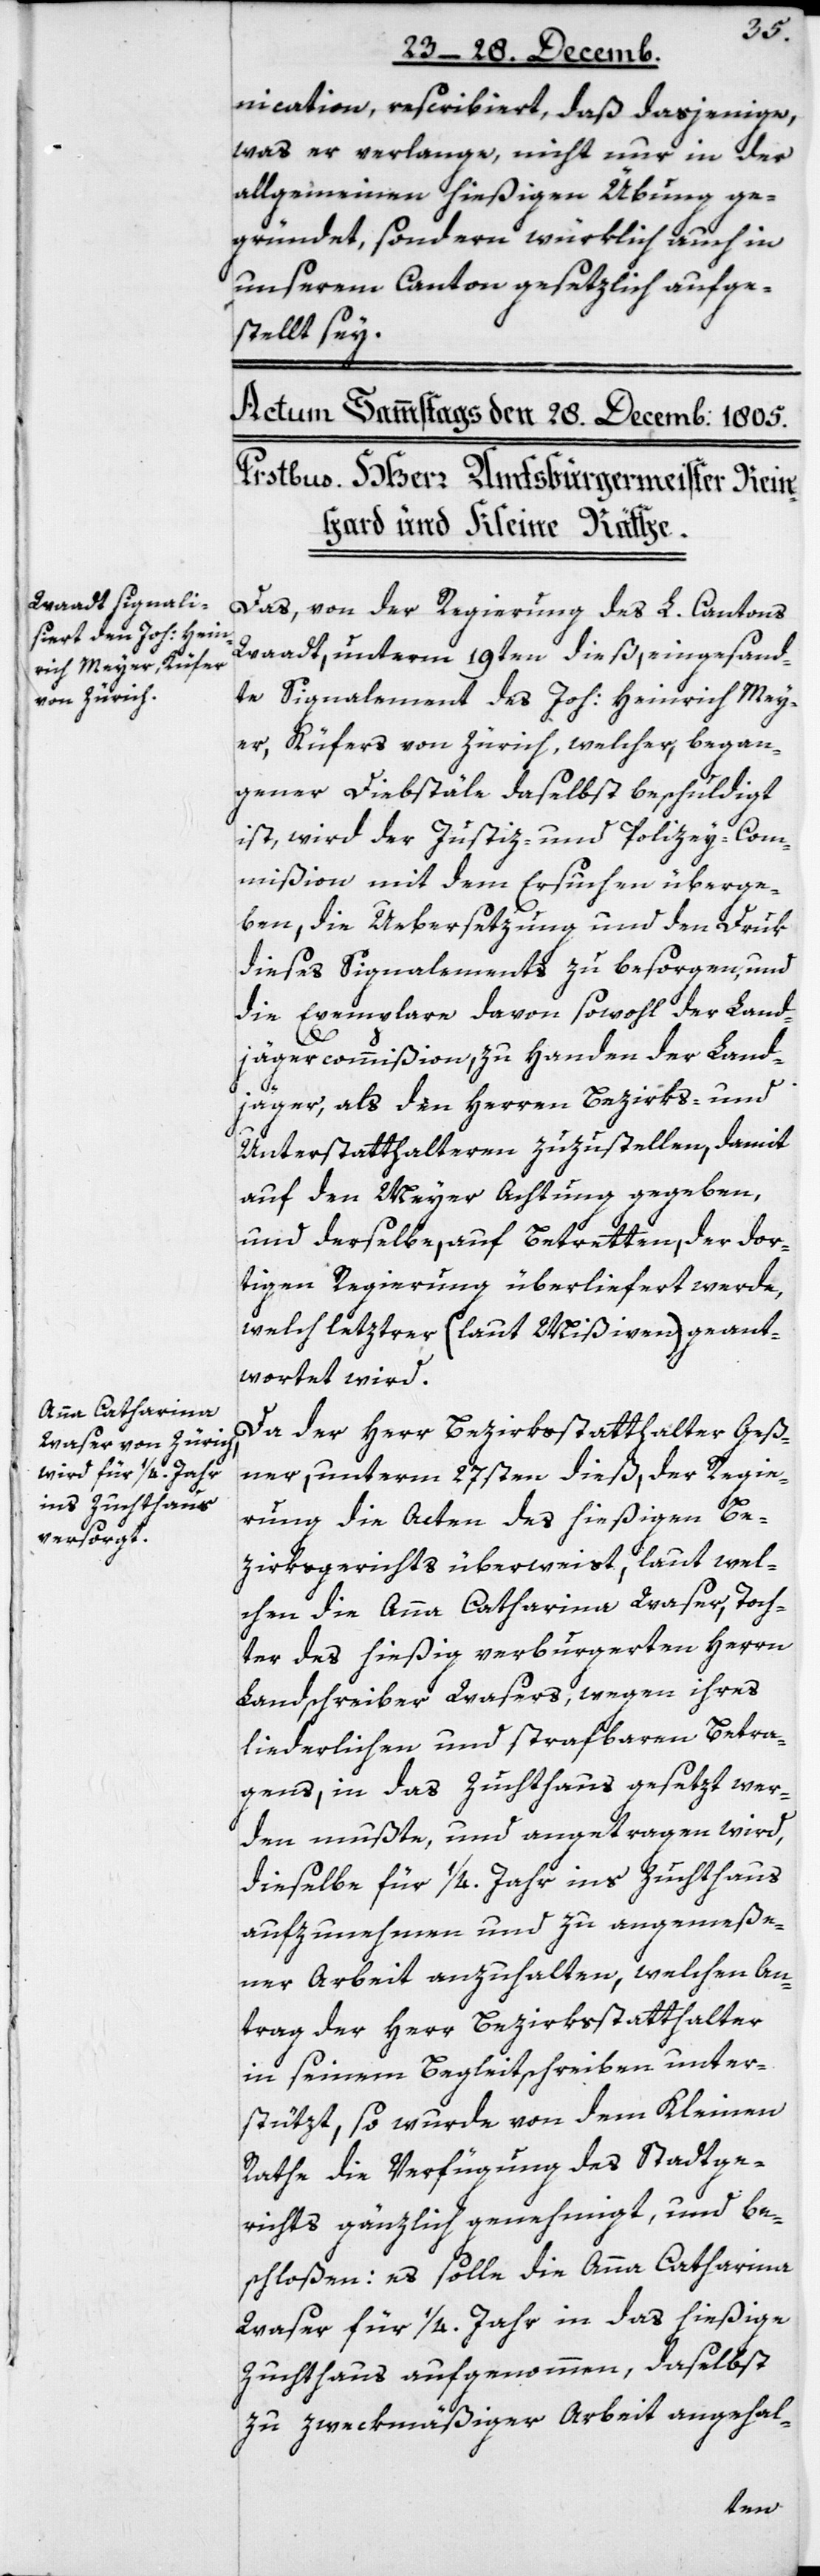
nication, rescribiert, daß dasjenige,
was er verlange, nicht nur in der
allgemeinen hießigen Übung ge¬
gründet, sondern würklich auch in
unserem Canton gesetzlich aufge¬
stellt sey.
Das, von der Regierung des L Cantons
Waadt, unterm 19ten dieß eingesand¬
te Signalement des Joh: Heinrich Mey¬
er, Küfers von Zürich, welcher, began¬
gener Diebstäle daselbst beschuldigt
ist, wird der Justiz- und Polizey-Com¬
mißion mit dem Ersuchen überge¬
ben, die Übersetzung und den Druk
dieses Signalements zu besorgen, und
die Exemplare davon sowohl der Land¬
jägercommißion, zu Handen der Land¬
jäger, als den Herren Bezirks- und
Unterstatthalteren zuzustellen, damit
auf den Meyer Achtung gegeben,
und derselbe, auf Betretten, der dor¬
tigen Regierung überliefert werde,
welch letztrer (laut Mißiven) geant¬
wortet wird.
Da der Herr Bezirksstatthalter Geß¬
ner, unterm 27sten dieß, der Regie¬
rung die Acten des hießigen Be¬
zirksgerichts überweist, laut wel¬
chen die Anna Catharina Waser, Toch¬
ter des hießig verburgerten Herrn
Landschreiber Wasers, wegen ihres
liederlichen und strafbaren Betra¬
gens, in das Zuchthaus gesetzt wer¬
den mußte, und angetragen wird,
dieselbe für 1/4. Jahr ins Zuchthaus
aufzunehmen und zu angemeße¬
ner Arbeit anzuhalten, welchen An¬
trag der Herr Bezirksstatthalter
in seinem Begleitschreiben unter¬
stützt, so wurde von dem Kleinen
Rathe die Verfügung des Stadtge¬
richts gänzlich genehmigt, und be¬
schloßen: es solle die Anna Catharina
Waser für 1/4. Jahr in das hießige
Zuchthaus aufgenommen, daselbst
zu zweckmäßiger Arbeit angehal-